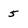
Character: 5